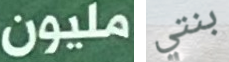
مليون بنتي